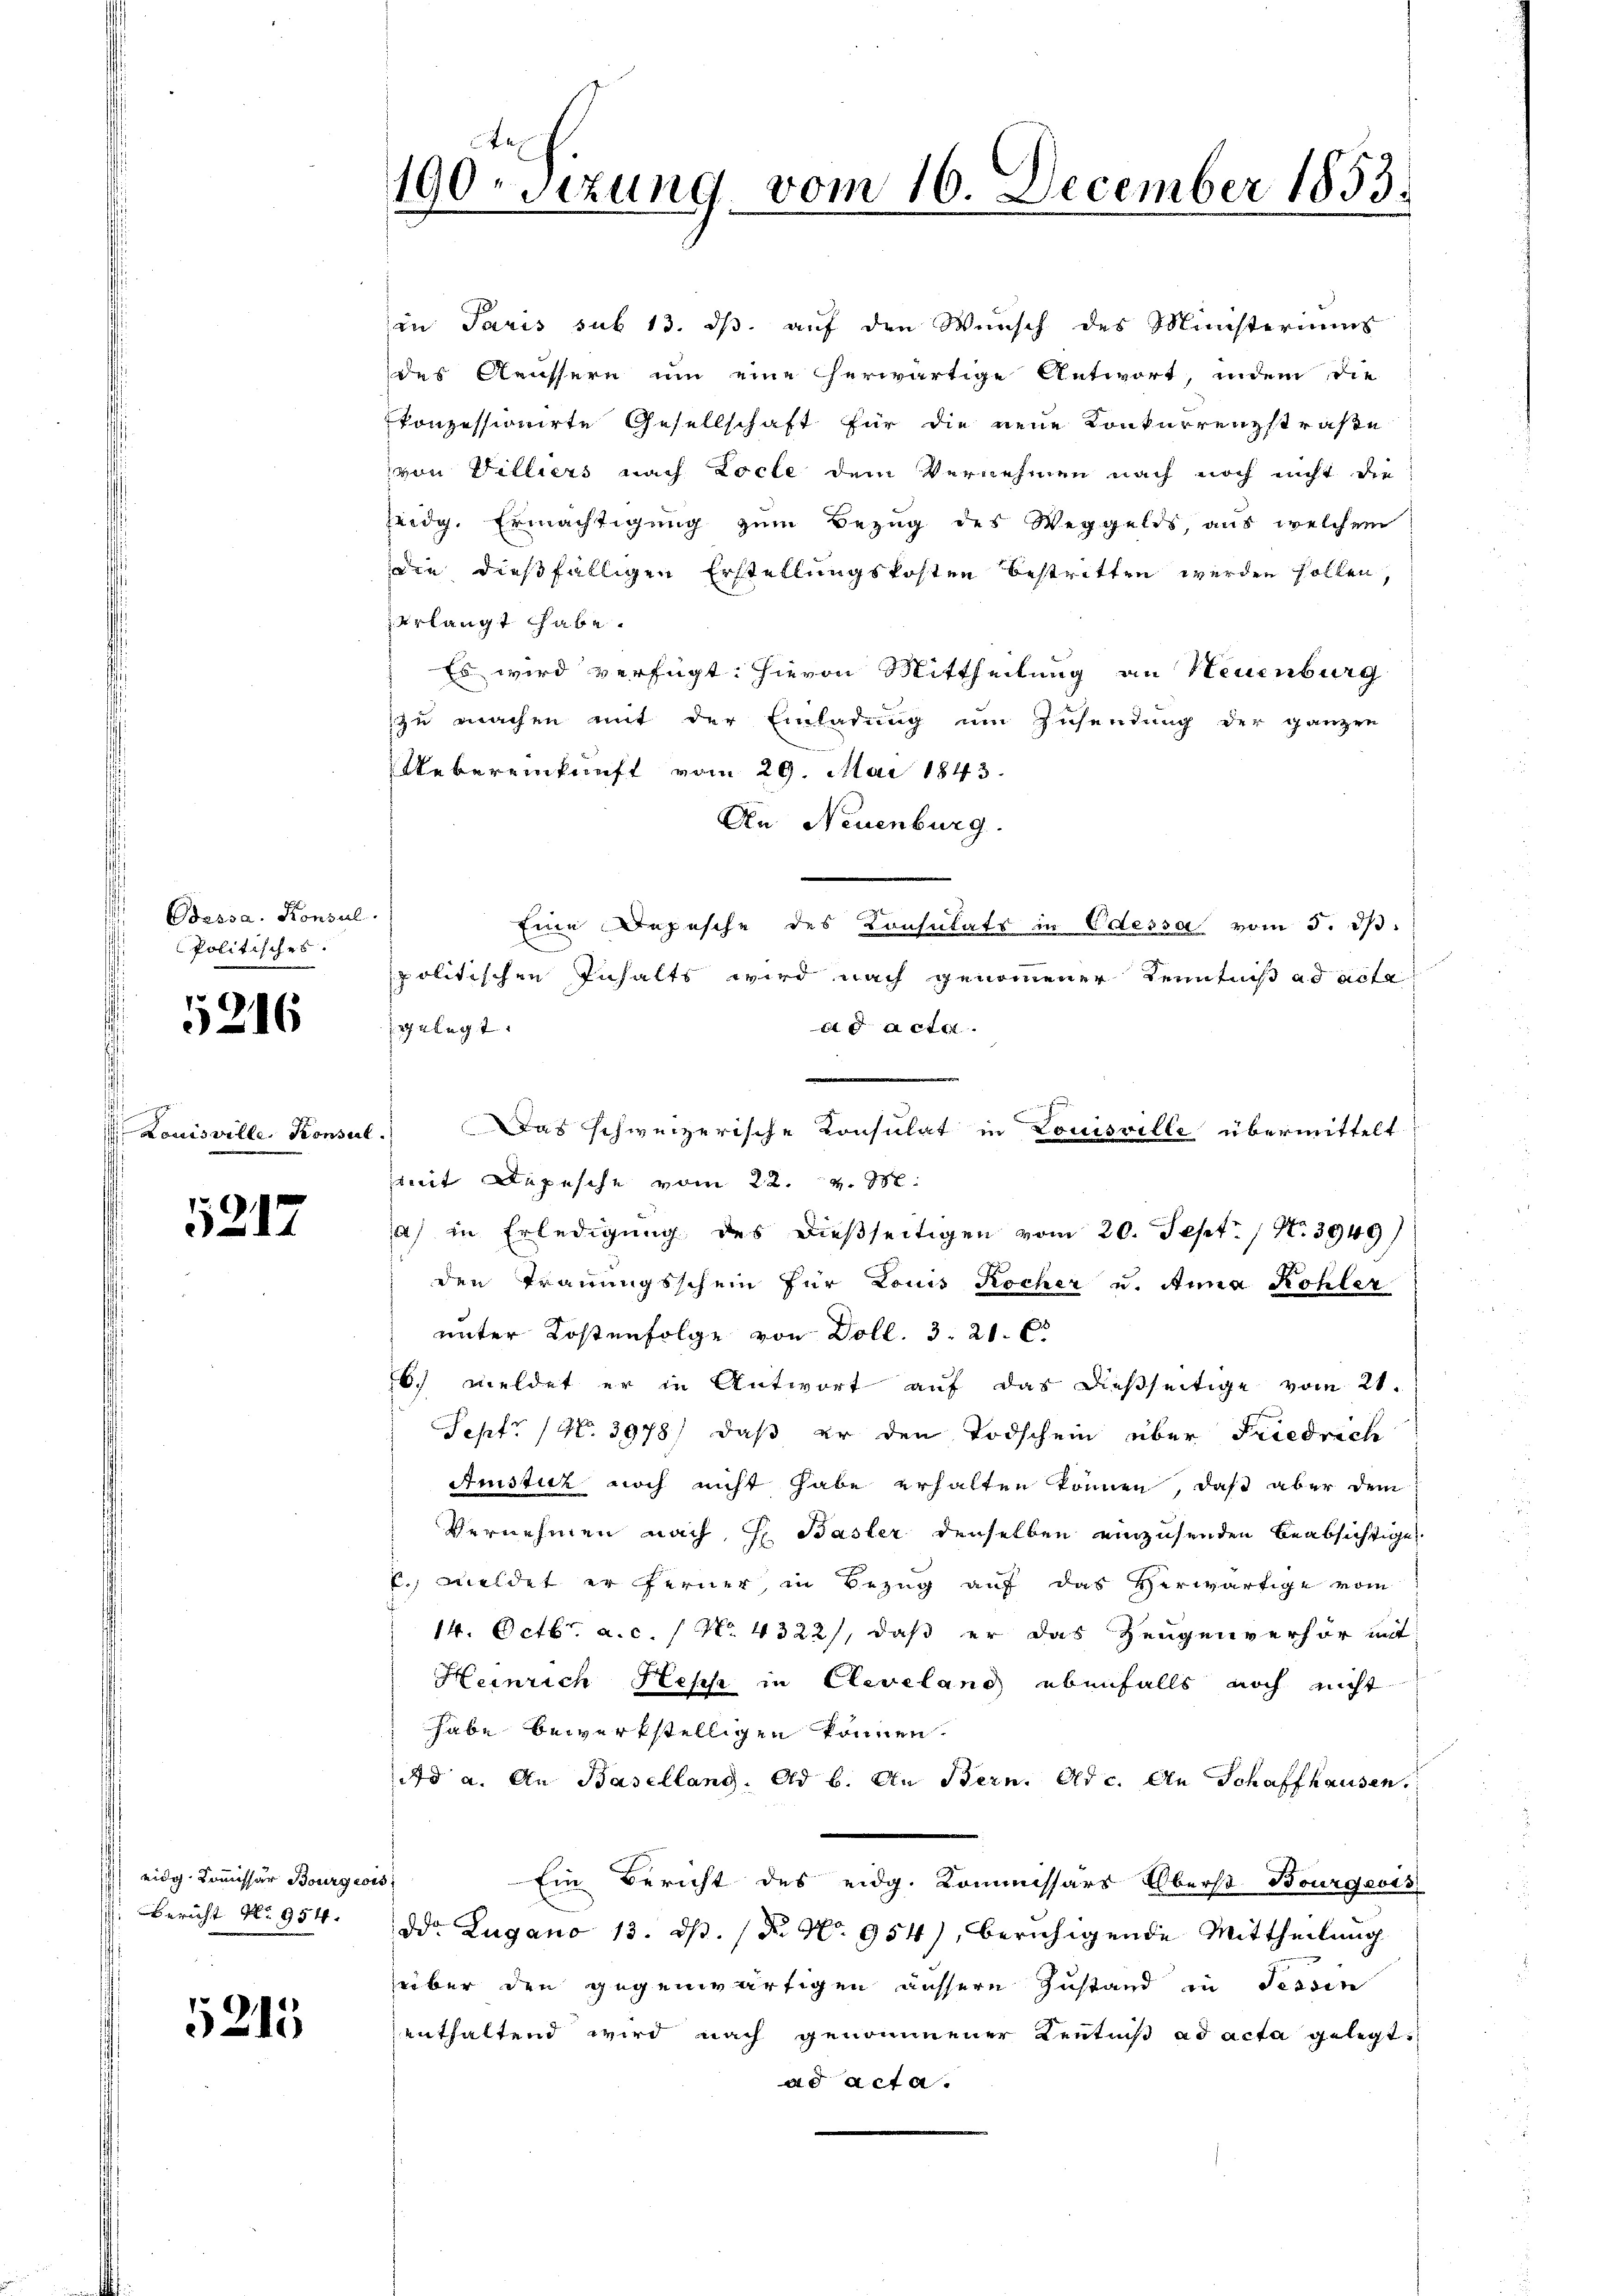
¬
 Odessa. Konsul
Politisches.

9
216

Louisville, Konsul

5212

1) eidg. Kommissär Bourgeois
M. Bericht No. 954.

5215

190-Sizung vom 16. December 1853.

in Paris sub 13. ds. auf den Wunsch des Ministeriums
des Aeussern um eine herwärtige Antwort, indem die
konzessionirte Gesellschaft für die neue Konkurrenzstraße
von Filliers nach Locte dem Vernehmen nach noch nicht die
Zeidg. Ermächtigung zum Bezug des Weggelds, aus welchem
die dießfälligen Erstellungskosten bestritten werden sollen,
erlangt habe.
Es wird verfügt: hievon Mittheilung an Neuenburg
zu machen mit der Einladung um Zusendung der ganzen
Uebereinkunft vom 29. Mai 1843.
An Neuenburg.
Eine Depesche des Consulats in Odessa vom 5. d.
politischen Inhalts wird nach genommener Kenntniß ad acta
gelegt.
ad acta.

Das schweizerische Consulat in Louisville übermittelt
mit Depesche vom 22. v. M.
a) in Erledigung des dießseitigen vom 20. Sept. / No. 3949)
den Trauungsschein für Louis Rocher u. Anna Kohler
unter Kostenfolge von Doll. 3. 21.
6. meldet er in Antwort auf das dießseitige vom 21.
Sept. (N. 3978) daß er den Todschein über Friedrich
Amistik noch nicht habe erhalten können, daß aber dem
Vernehmen nach H. Basler denselben einzusenden beabsichtige
. meldet er ferner, in Bezug auf das verwärtige vom
14. Octbr. a. c. / No. 4322), daß er das Zeugenverhör mit
Heinrich Hess in Cleveland ebenfalls noch nicht
habe bewerkstelligen können.
d a. An Basellang, ad b. An Bern. Ad c. An Schaffhausen,
Ein Bericht des eidg. Kommissärs Oberst Bourgeris
dd. Zugano 13. dß. (N. No. 954), beruhigende Mittheilung
über den gegenwärtigen äussere Zustand in Tessin
enthaltend wird nach genommener Kentniß ad acta gelegt,
ad acta.